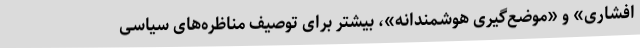
افشاری» و «موضع‌گیری هوشمندانه»، بیشتر برای توصیف مناظره‌‌های سیاسی